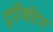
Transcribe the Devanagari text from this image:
ट्रांजिटिव